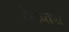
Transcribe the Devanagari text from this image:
वेदान्तपर